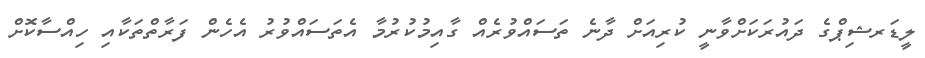
ލީޑަރޝިޕްގެ ދައުރަކަށްވާނީ ކުރިއަށް ދާނެ ތަސައްވުރެއް ގާއިމުކުރުމާ އެތަސައްވުރު އެހެން ފަރާތްތަކާއި ހިއްސާކޮށް